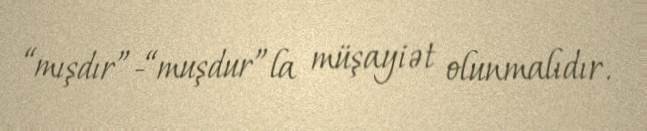
“mışdır”-“muşdur”la müşayiət olunmalıdır.